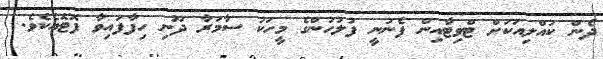
ދެން ކުއްލިއަކަށް ޓްވިޓާއިން ފެނުނީ ފުލުހުންގެ މީހަކު ސާމަރާ ދޫނި ހިފާފައިވާ ފޮޓޮއެކެވެ.